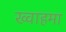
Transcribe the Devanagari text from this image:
ख्वाहमा